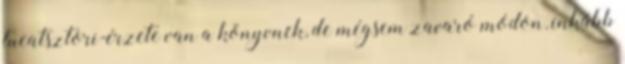
tucatsztori-érzete van a könyvnek, de mégsem zavaró módon, inkább